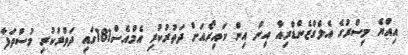
އިއްޔެ މިސްރުގެ އެލެގްޒެންޑްރިއާ އިން އިން ކައިރޯއަށް ދަތުރުކުރި އެމްއެސް181ގައި ދަތުރުކުރި މުސްތަފާ